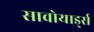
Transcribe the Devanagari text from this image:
सावोयार्ड्स